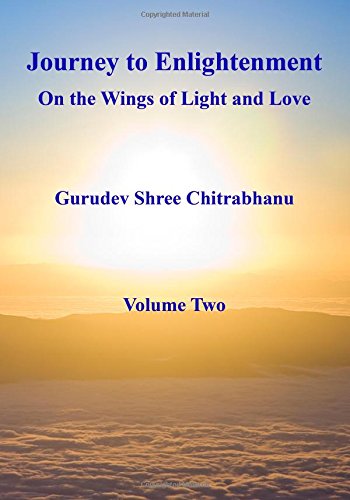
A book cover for Journey to Enlightenment: On the Wings of Light and Love (Volume 2); Gurudev Shree Chitrabhanu; Religion & Spirituality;